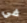
في